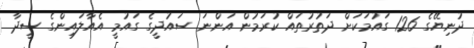
ދުނިޔޭގެ 126 ގައުމަކަށް ދަތުރުތައް ކުރަމުން އަންނަ ސައުދީގެ ގައުމީ އެއާލައިންގެ ސީދާ